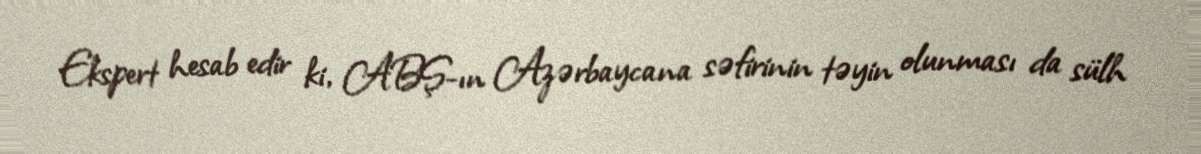
Ekspert hesab edir ki, ABŞ-ın Azərbaycana səfirinin təyin olunması da sülh